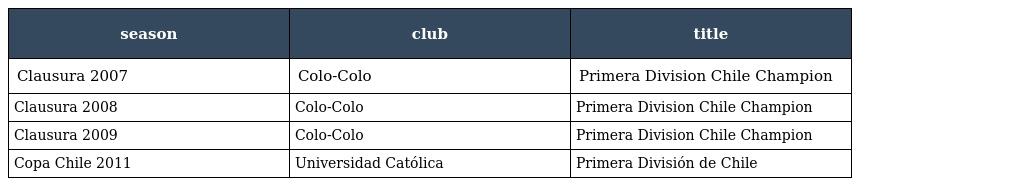
| season | club | title |
 | --- | --- | --- |
 | Clausura 2007 | Colo-Colo | Primera Division Chile Champion |
 | Clausura 2008 | Colo-Colo | Primera Division Chile Champion |
 | Clausura 2009 | Colo-Colo | Primera Division Chile Champion |
 | Copa Chile 2011 | Universidad Católica | Primera División de Chile |